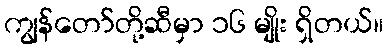
ကျွန်တော်တို့ဆီမှာ ၁၆ မျိုး ရှိတယ်။